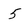
Character: 5